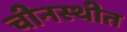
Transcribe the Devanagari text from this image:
चीनस्थीत